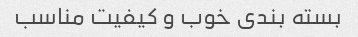
بسته بندی خوب و کیفیت مناسب